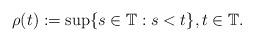
LaTeX: \begin{align*} \rho(t):=\sup\{s\in \mathbb{T} : s<t\}, t\in\mathbb{T}.\end{align*}